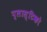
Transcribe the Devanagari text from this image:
प्लास्टिको